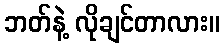
ဘတ်နဲ့ လိုချင်တာလား။